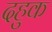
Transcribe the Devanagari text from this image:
दहुक